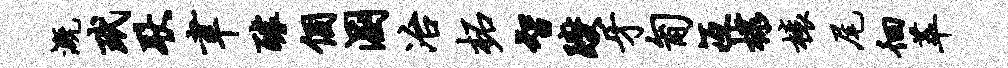
溉玳耿聿醵个溷冶柘智躞牙匍冱棣榱尾徊萃